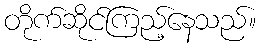
တိုက်ဆိုင်ကြည့်နေသည်။